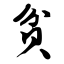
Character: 贫